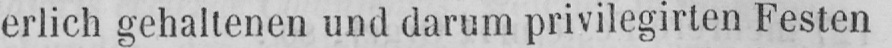
erlich gehaltenen und darum privilegirten Festen